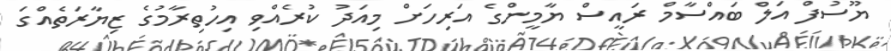
ޔޫސުފް އަލް ބައްސާމް ރައީސް ޔާމީންގެ އަރިހަށް މިއަދު ކުރެއްވި އިހުތިރާމުގެ ޒިޔާރަތެއްގަ